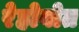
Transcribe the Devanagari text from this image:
रेहोवोत